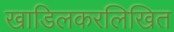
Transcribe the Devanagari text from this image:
खाडिलकरलिखित